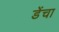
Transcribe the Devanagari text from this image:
डेंचा